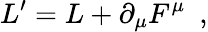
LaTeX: L^{\prime}=L+\partial_{\mu}F^{\mu}\, \, \, ,